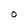
Character: O